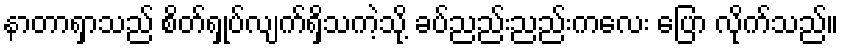
နာတာရှာသည် စိတ်ရှုပ်လျက်ရှိသကဲ့သို့ ခပ်ညည်းညည်းကလေး ပြော လိုက်သည်။